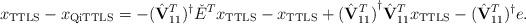
LaTeX: \begin{align*}x_{\rm TTLS} - x_{\rm QiTTLS} = -(\hat{\mathbf{V}}_{11}^T)^{\dag} \check{E}^T x_{\rm TTLS} - x_{\rm TTLS} + {(\hat{\mathbf{V}}_{11}^T)}^{\dag}\hat{\mathbf{V}}_{11}^T x_{\rm TTLS} - (\hat{\mathbf{V}}_{11}^T)^{\dag} e.\end{align*}